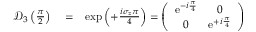
\begin{array} { r l r } { \mathcal { D } _ { 3 } \left( \frac { \pi } { 2 } \right) } & { { } = } & { \exp \left( + \frac { i \sigma _ { z } \pi } { 4 } \right) = \left( \begin{array} { c c } { \mathrm { e } ^ { - i \frac { \pi } { 4 } } } & { 0 } \\ { 0 } & { \mathrm { e } ^ { + i \frac { \pi } { 4 } } } \end{array} \right) } \end{array}